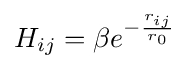
{\textstyle H_{ij}=\beta e^{-{r_{ij} \over r_{0}}}}